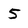
Character: 5